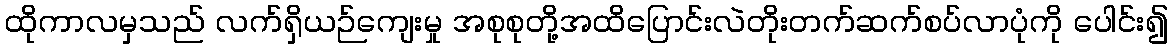
ထိုကာလမှသည် လက်ရှိယဉ်ကျေးမှု အစုစုတို့အထိပြောင်းလဲတိုးတက်ဆက်စပ်လာပုံကို ပေါင်း၍